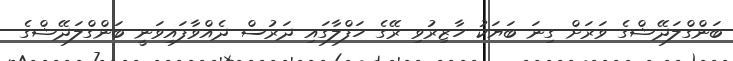
ބަންގްލަދޭޝްގެ ވަރަށް ގިނަ ބަޔަކު ހާޒިރުވި ރޭގެ ހަފްލާގައި ދަރުސް ދެއްވާފައިވަނީ ބަންގްލަދޭޝްގެ